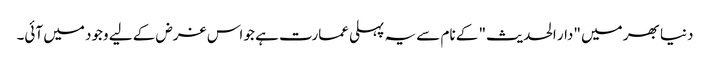
دنیا بھر میں "دار الحدیث" کے نام سے یہ پہلی عمارت ہے جو اس غرض کے لیے وجود میں آئی۔